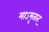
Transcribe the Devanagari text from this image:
माऽमृतात्‌